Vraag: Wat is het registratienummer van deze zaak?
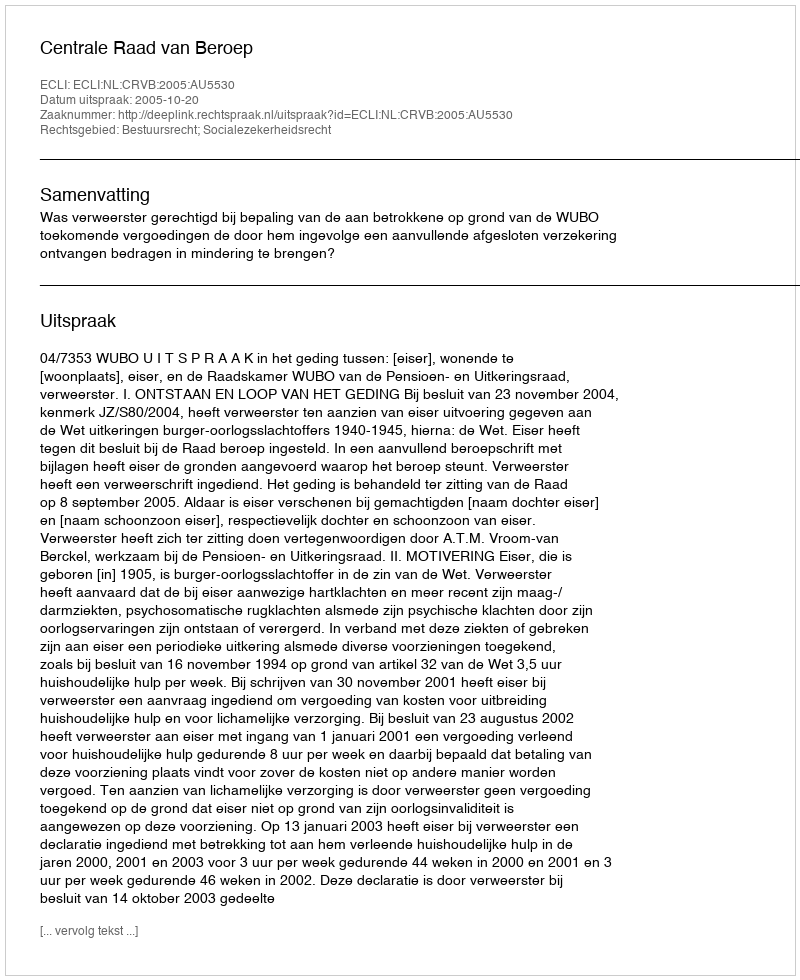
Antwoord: http://deeplink.rechtspraak.nl/uitspraak?id=ECLI:NL:CRVB:2005:AU5530